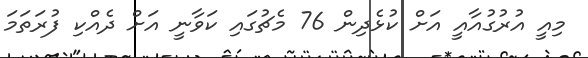
މިއީ އުރުގުއާއީ އަށް ކުޅެދިން 76 މެޗުގައި ކަވާނީ އަށް ދެއްކި ފުރަތަމަ